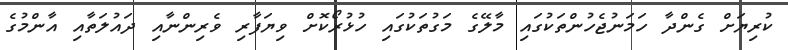
ކުރިޔަށް ގެންދާ ހަމަނުޖެހުންތަކުގައި މާލޭގެ މަގުތަކުގައި ހުޅުރޯކޮށް ވިޔަފާރި ވެރިންނާއި ދައުލަތާއި އާންމުގެ